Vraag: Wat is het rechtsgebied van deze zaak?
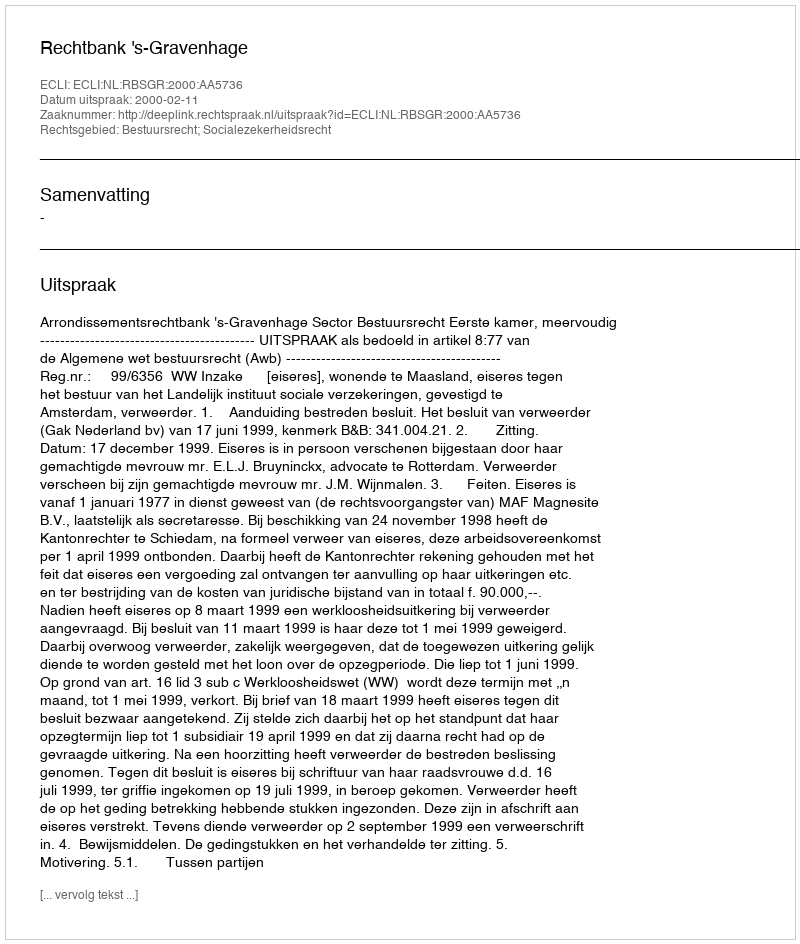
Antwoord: Bestuursrecht; Socialezekerheidsrecht